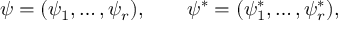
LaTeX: \psi = ( \psi _ { 1 } , \ldots , \psi _ { r } ) , \qquad \psi ^ { * } = ( \psi _ { 1 } ^ { * } , \ldots , \psi _ { r } ^ { * } ) ,